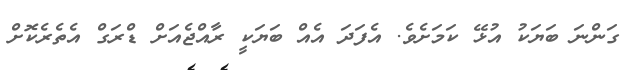
ގަންނަ ބަޔަކު އުޅޭ ކަމަށެވެ. އެފަދަ އެއް ބަޔަކީ ރާއްޖެއަށް ޑްރަގް އެތެރެކޮށް